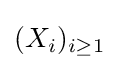
(X_{i})_{i\geq 1}